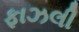
ફાઝલી